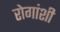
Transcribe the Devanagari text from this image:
रोगांशी